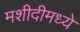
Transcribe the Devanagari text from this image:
मशीदीमध्ये